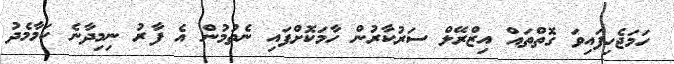
ހަމަޖެހިފައިވަ ގޮތްތައް އިޒްރޭލް ސަރުކާރުން ހާމަކޮށްފައި ނެތުމުން އެ ފާރު ނިމިދާނެ ކަމާމެދު